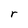
Character: r